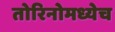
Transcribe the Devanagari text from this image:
तोरिनोमध्येच